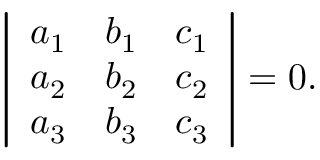
\left| { \begin{array} { l l l } { a _ { 1 } } & { b _ { 1 } } & { c _ { 1 } } \\ { a _ { 2 } } & { b _ { 2 } } & { c _ { 2 } } \\ { a _ { 3 } } & { b _ { 3 } } & { c _ { 3 } } \end{array} } \right| = 0 .